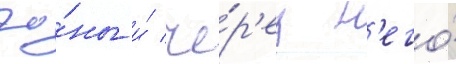
зо́ны и́ че́р'ез н'его́